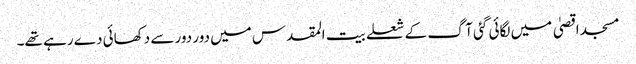
مسجد اقصیٰ میں لگائی گئی آگ کے شعلے بیت المقدس میں دور دور سے دکھائی دے رہے تھے۔